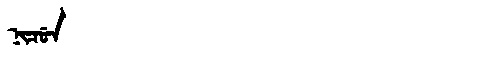
Manchu: ᠨᡳᠴᡠᠨ
Romanization: NICUN